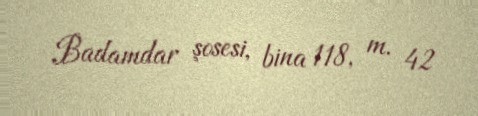
Badamdar şosesi, bina 118, m. 42